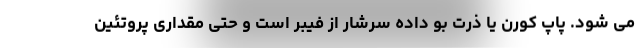
می شود. پاپ کورن یا ذرت بو داده سرشار از فیبر است و حتی مقداری پروتئین